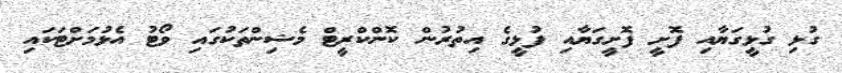
ގުޅި ގުޅީގަޔާއި ފޮށީ ފޮށީގަޔާއި ފުޅީގެ އިތުރުން ކޮންކްރީޓް މެޝިންތަކުގައި ވޯޓު އެޅުމަށްޓަކައި